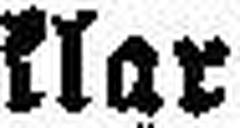
klar